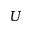
U